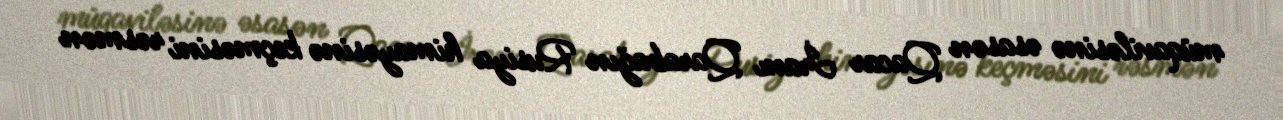
müqaviləsinə əsasən Qacar İranı Qarabağın Rusiya himayəsinə keçməsini rəsmən